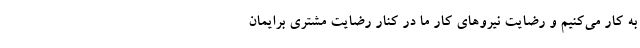
به کار می‌کنیم و رضایت نیروهای کار ما در کنار رضایت مشتری برایمان